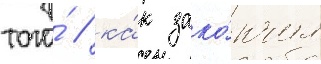
того́ / ка́к зако́нчил